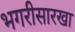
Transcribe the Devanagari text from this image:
भगरीसारखा